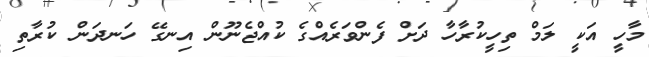
މާހީ އަކީ ލަމް ތިހީކުރާހާ ދަށް ފެންވަރެއްގެ ކުއްޖެނޫން އިނގޭ ހަނދަން ކުރާތި